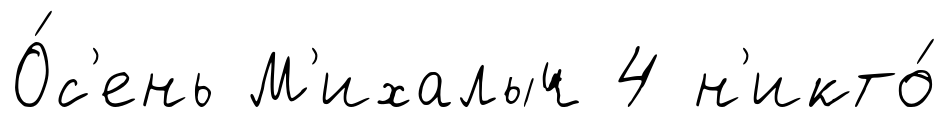
О́с'ень М'ихалыч 4 н'икто́